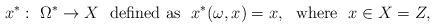
LaTeX: \begin{align*}x^*: \ \Omega^*\to X \ \ \mbox{defined as} \ \ x^*(\omega, x)=x,\ \ \mbox{where} \ \ x\in X=Z,\end{align*}